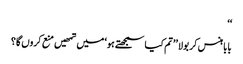
‘‘
بابا ہنس کر بولا ’’تم کیا سمجھتے ہو‘ میں تمھیں منع کروں گا؟